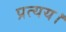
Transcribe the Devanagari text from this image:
प्रत्यय।